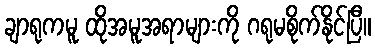
ချာရုကမူ ထိုအမူအရာများကို ဂရုမစိုက်နိုင်ပြီ။